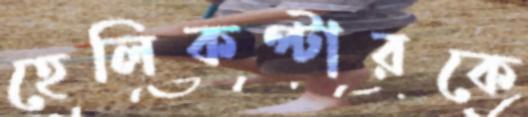
হেলিকপ্টারকে